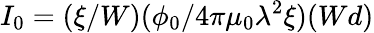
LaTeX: I_{0}=(\xi/W)(\phi_{0}/4\pi\mu_{0}\lambda^{2}\xi)(Wd)